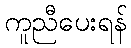
ကူညီပေးရန်